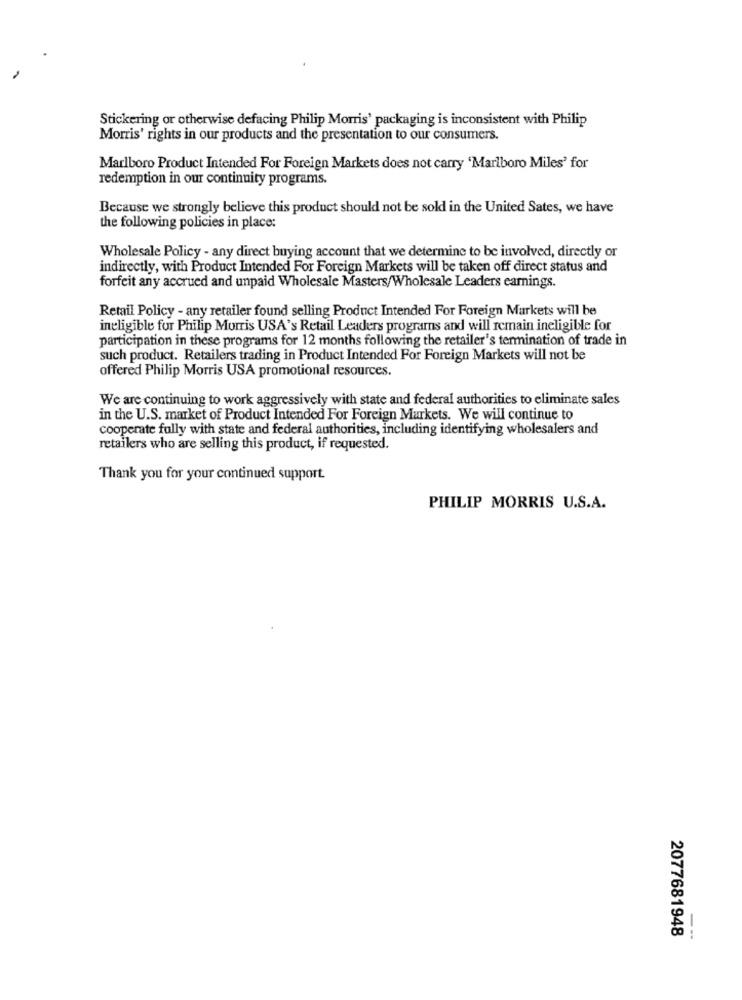
Stickering or otherwise defacing Philip Morris' packaging is inconsistent with Philip
Morris' rights in our products and the presentation to our consumers.
Marlboro Product Intended For Foreign Markets does not carry 'Marlboro Miles' for
redemption in our continuity programs.
Because we strongly believe this product should not be sold in the United Sates, we have
the following policies in place:
Wholesale Policy - any direct buying account that we determine to be involved, directly or
indirectly, with Product Intended For Foreign Markets will be taken off direct status and
forfeit any accrued and unpaid Wholesale Masters/Wholesale Leaders earnings.
Retail Policy - any retailer found selling Product Intended For Foreign Markets will be
ineligible for Philip Morris USA's Retail Leaders programs and will remain ineligible for
participation in these programs for 12 months following the retailer's termination of trade in
such product. Retailers trading in Product Intended For Foreign Markets will not be
offered Philip Morris USA promotional resources.
We are continuing to work aggressively with state and federal authorities to eliminate sales
in the U.S. market of Product Intended For Foreign Markets. We will continue to
cooperate fully with state and federal authorities, including identifying wholesalers and
retailers who are selling this product, if requested.
Thank you for your continued support.
PHILIP MORRIS U.S.A.
2077681948
---